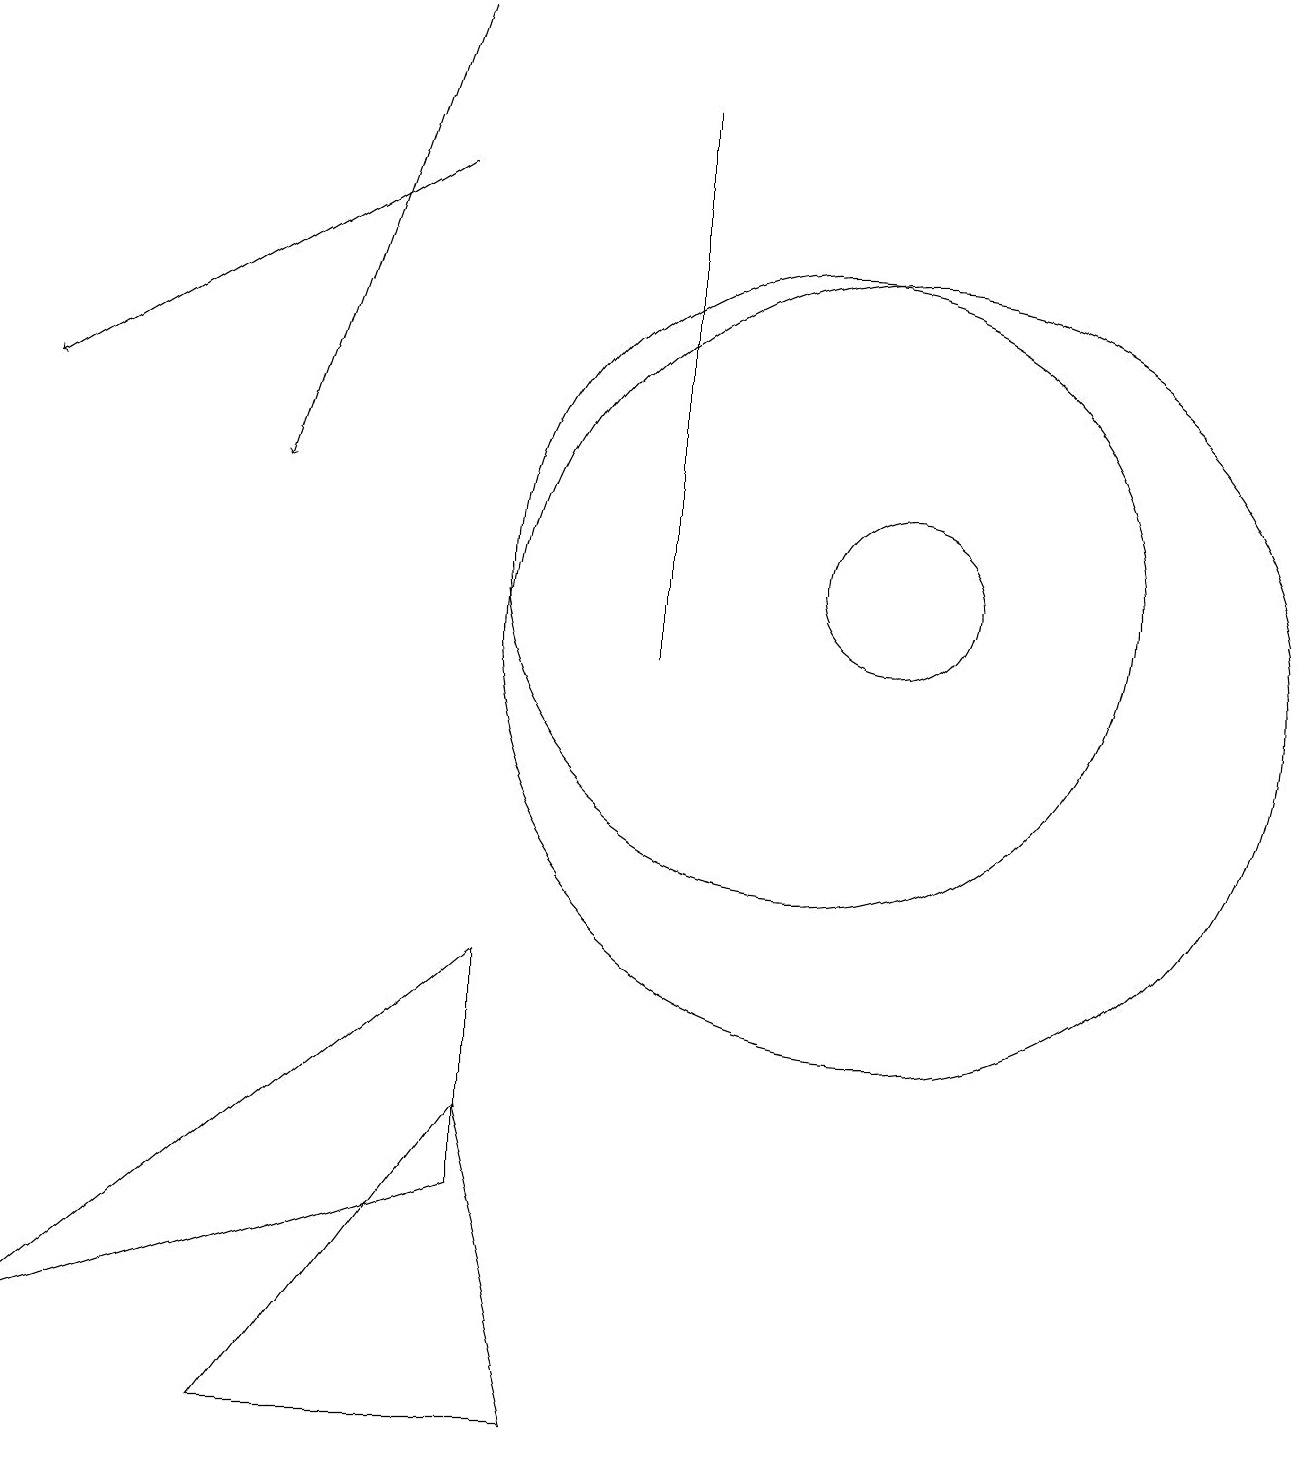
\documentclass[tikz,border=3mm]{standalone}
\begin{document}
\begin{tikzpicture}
\draw (11,10) circle (5);
\draw (10,11) circle (4);
\draw (3,0) -- (6,4) -- (7,0) -- cycle;
\draw (0,1) -- (6,3) -- (6,6) -- cycle;
\draw (11,11) circle (1);
\draw (8,17) rectangle (8,10);
\draw[->] (5,16) -- (0,13);
\draw[->] (5,18) -- (3,12);
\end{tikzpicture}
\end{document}